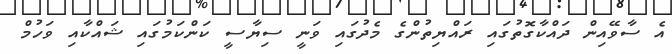
އެ ސާވޭއިން ދައްކާގޮތުގައި ރައްޔިތުންގެ މެދުގައި ވަނީ ސިޔާސީ ކަންކަމުގައި ޝައްކާއި ވަހުމް